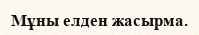
Мұны елден жасырма.